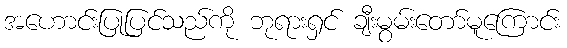
အဟောင်းပြုပြင်သည်ကို ဘုရားရှင် ချီးမွမ်းတော်မူကြောင်း